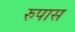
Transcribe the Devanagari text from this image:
रुपास